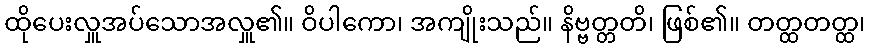
ထိုပေးလှူအပ်သောအလှူ၏။ ဝိပါကော၊ အကျိုးသည်။ နိဗ္ဗတ္တတိ၊ ဖြစ်၏။ တတ္ထတတ္ထ၊